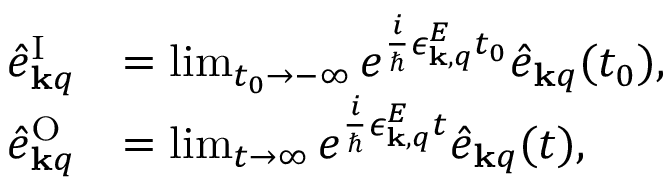
\begin{array} { r l } { \hat { e } _ { { \bf k } q } ^ { \mathrm { I } } } & { = \operatorname* { l i m } _ { t _ { 0 } \rightarrow - \infty } e ^ { \frac { i } { \hbar } \epsilon _ { { \bf k } , q } ^ { E } t _ { 0 } } \hat { e } _ { { \bf k } q } ( t _ { 0 } ) , } \\ { \hat { e } _ { { \bf k } q } ^ { \mathrm { O } } } & { = \operatorname* { l i m } _ { t \rightarrow \infty } e ^ { \frac { i } { \hbar } \epsilon _ { { \bf k } , q } ^ { E } t } \hat { e } _ { { \bf k } q } ( t ) , } \end{array}